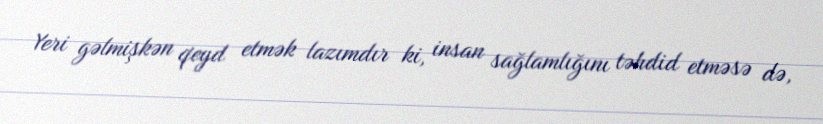
Yeri gəlmişkən qeyd etmək lazımdır ki, insan sağlamlığını təhdid etməsə də,